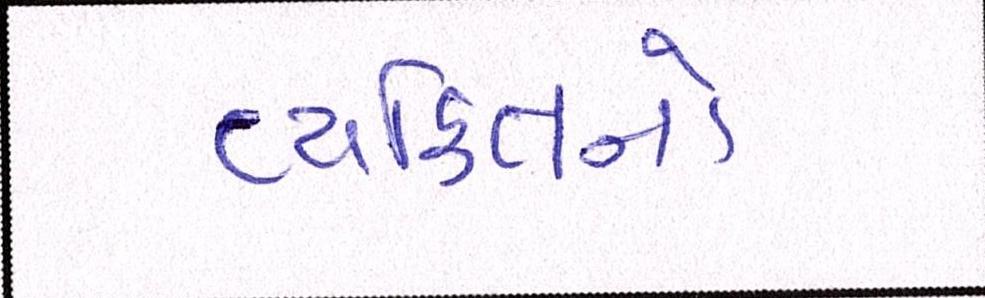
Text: વ્યક્તિનો